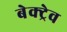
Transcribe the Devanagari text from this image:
बेक्ट्रेव